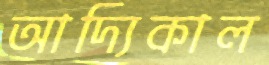
আদ্যিকাল